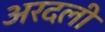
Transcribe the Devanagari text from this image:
अरदली